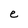
Character: e